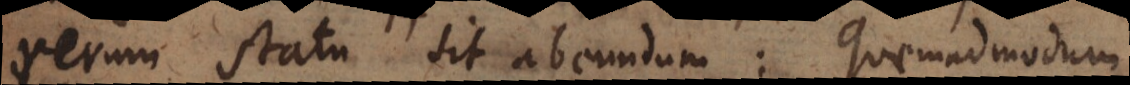
rerum statu sit abeundum: quemadmodum